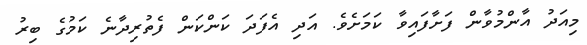
މިއަދު އާންމުވާން ފަށާފައިވާ ކަމަށެވެ. އަދި އެފަދަ ކަންކަން ފެތުރިދާނެ ކަމުގެ ބިރު